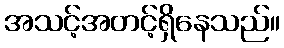
အသင့်အတင့်ရှိနေသည်။